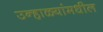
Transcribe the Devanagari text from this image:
उन्हाळ्यांमधील